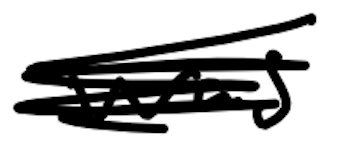
Text: was
Cross-out: scratch
Writing tool: digital_black